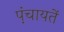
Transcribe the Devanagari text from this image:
प़ंचायतें